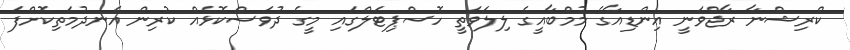
ކްރިޝްނާ ރާޖްވަނީ އިންޑިއާގެ މުމްބާއީގެ ލިލަވަތީ ހޮސްޕިޓަލްގައި މީގެ ދުވަސްކޮޅެއް ކުރިން އެނދުމަތިކޮށްފަ